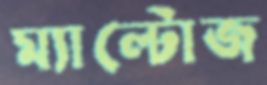
ম্যাল্টোজ